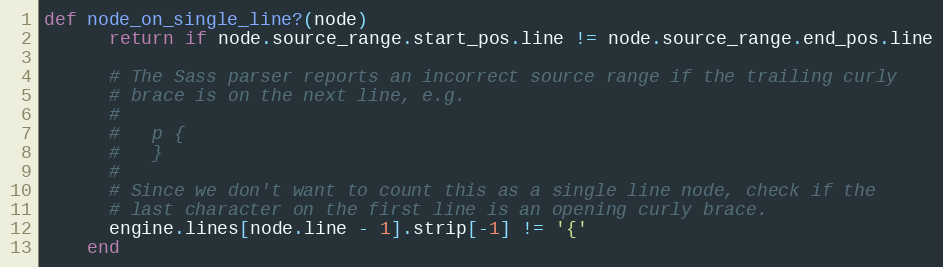
Language: Ruby
def node_on_single_line?(node)
      return if node.source_range.start_pos.line != node.source_range.end_pos.line

      # The Sass parser reports an incorrect source range if the trailing curly
      # brace is on the next line, e.g.
      #
      #   p {
      #   }
      #
      # Since we don't want to count this as a single line node, check if the
      # last character on the first line is an opening curly brace.
      engine.lines[node.line - 1].strip[-1] != '{'
    end